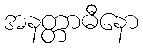
အနတ္တာဓီနော